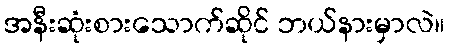
အနီးဆုံးစားသောက်ဆိုင် ဘယ်နားမှာလဲ။